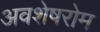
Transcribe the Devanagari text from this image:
अवशेषरोम